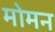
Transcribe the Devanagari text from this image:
मोमन